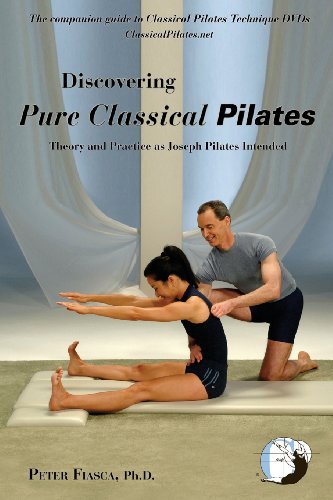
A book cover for Discovering Pure Classical Pilates: Theory and Practice as Joseph Pilates Intended; Peter Fiasca; Health, Fitness & Dieting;